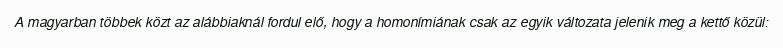
A magyarban többek közt az alábbiaknál fordul elő, hogy a homonímiának csak az egyik változata jelenik meg a kettő közül: